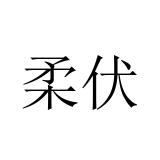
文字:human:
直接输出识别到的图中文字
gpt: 柔伏